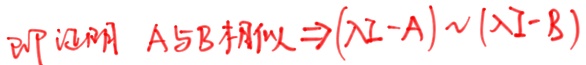
即证明 $A$与$B$相似$\Rightarrow (\lambda I - A) \sim (\lambda I - B)$